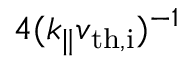
4 ( k _ { \parallel } v _ { \mathrm { t h , i } } ) ^ { - 1 }